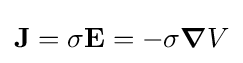
\mathbf {J} =\sigma \mathbf {E} =-\sigma {\boldsymbol {\nabla }}V